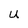
Character: U